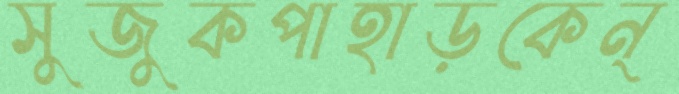
সুজুকপাহাড়কেন্